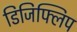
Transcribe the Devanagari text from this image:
डिजिफ्लिप